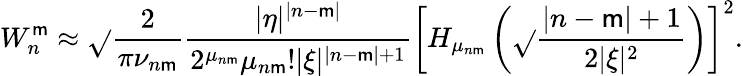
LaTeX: W_{n}^{\mathsf{m}}\approx\sqrt{}{{\frac{2}{{\pi\nu_{n\mathsf{m}}}}}}\frac{{|\eta|^{|n-\mathsf{m}|}}}{{2^{\mu_{n\mathsf{m}}}\mu_{n\mathsf{m}}!|\xi|^{|n-\mathsf{m}|+1}}}\left[H_{\mu_{n\mathsf{m}}}\left(\sqrt{}{{\frac{{|n-\mathsf{m}|+1}}{{2|\xi|^{2}}}}}\right)\right]^{2}.